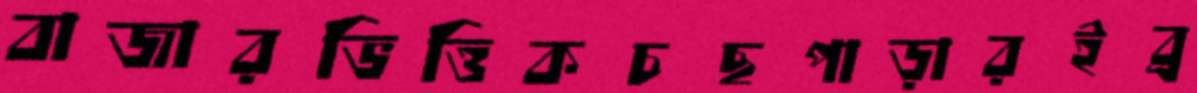
বাজারভিত্তিকচছপাড়ারইব্র